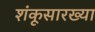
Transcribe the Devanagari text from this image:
शंकूसारख्या